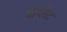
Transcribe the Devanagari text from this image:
वॉय्लेट